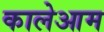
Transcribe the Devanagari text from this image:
कालेआम